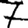
Digit: 7